画像に写った文字を読んでください
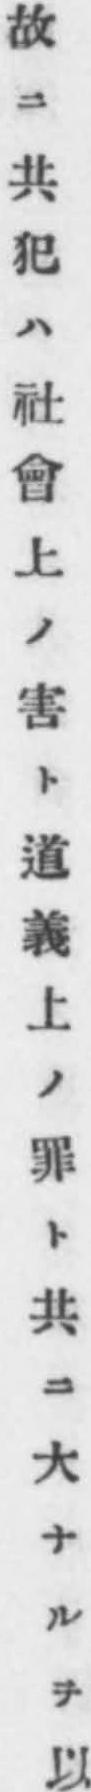
「故ニ共犯ハ社會上ノ害ト道義上ノ罪ト共ニ大ナルヲ以」と書いてあります